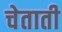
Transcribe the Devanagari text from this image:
चेताती